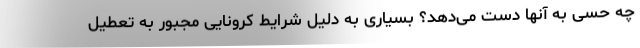
چه حسی به آنها دست می‌دهد؟ بسیاری به دلیل شرایط کرونایی مجبور به تعطیل